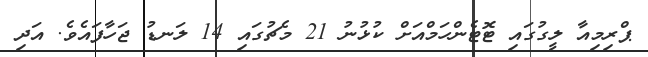
ޕްރިމިއާ ލީގުގައި ޓޮޓެންހަމްއަށް ކުޅުނު 21 މެޗުގައި 14 ލަނޑު ޖަހާފައެވެ. އަދި